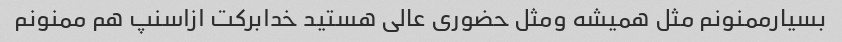
بسیارممنونم مثل همیشه ومثل حضوری عالی هستید خدابرکت ازاسنپ هم ممنونم